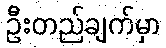
ဦးတည်ချက်မှာ